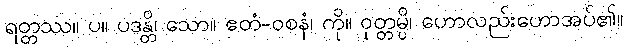
ရတ္တဿ။ ပ။ ပဒန္တိ၊ သော။ ဧတံ-ဝစနံ၊ ကို။ ဝုတ္တမ္ပိ၊ ဟောလည်းဟောအပ်၏။